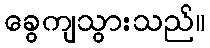
ခွေကျသွားသည်။